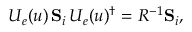
U _ { e } ( u ) \, { \mathbf { S } } _ { i } \, U _ { e } ( u ) ^ { \dagger } = R ^ { - 1 } { \mathbf { S } } _ { i } ,